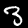
Digit: 3